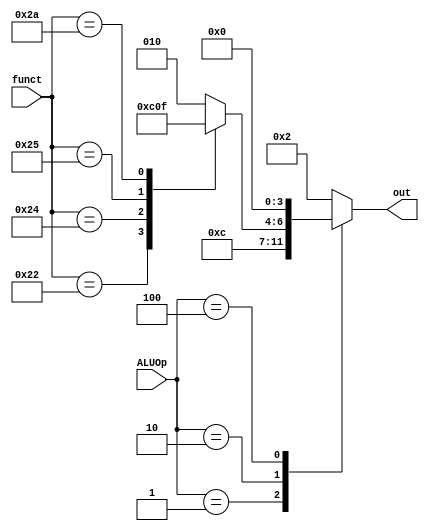
`timescale 1ns / 1ps
module ALUControl(funct, ALUOp, out);
    input [5:0] funct;
    input [2:0] ALUOp;
    output [3:0] out;

    reg [3:0] out;

    initial out = 4'b0000;
    always @ (funct or ALUOp)   begin
        case (ALUOp)
            // lw sw
            3'b000: out <= 4'b0010; //add
            // beq bne
            3'b001: out <= 4'b0110; //sub
            // R-type
            3'b010: begin
                case (funct)
                    6'b100000: out <= 4'b0010;  //add
                    6'b100010: out <= 4'b0110;  //sub
                    6'b100100: out <= 4'b0000;  //and
                    6'b100101: out <= 4'b0001;  //or
                    6'b101010: out <= 4'b0111;  //sll
                    default: out <= 4'b0010;
                endcase
            end
            // addi
            3'b011: out <= 4'b0010; //add
            // andi
            3'b100: out <= 4'b0000; //and
            default: out <= 4'b0010;    //add
        endcase
    end
endmodule